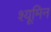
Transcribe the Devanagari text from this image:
श्यूमिन